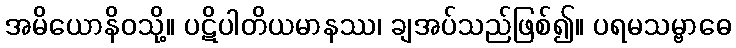
အမိယောနိဝသို့။ ပဋိပါတိယမာနဿ၊ ချအပ်သည်ဖြစ်၍။ ပရမသမ္ဗာဓေ